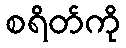
စရိတ်ကို